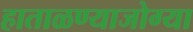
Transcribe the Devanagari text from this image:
हाताळण्याजोग्या